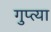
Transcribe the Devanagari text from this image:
गुप्‍त्या